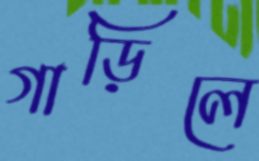
গাড়িলে